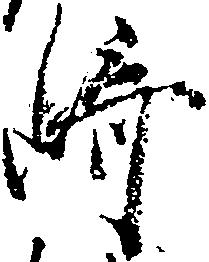
崎